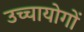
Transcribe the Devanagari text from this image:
उच्चायोगों